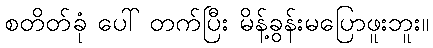
စတိတ်ခုံ ပေါ် တက်ပြီး မိန့်ခွန်းမပြောဖူးဘူး။